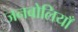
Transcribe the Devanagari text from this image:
जनबोलियाँ